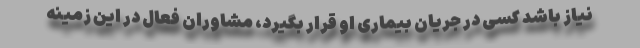
نیاز باشد کسی در جریان بیماری او قرار بگیرد، مشاوران فعال در این زمینه